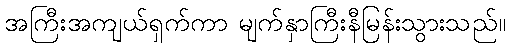
အကြီးအကျယ်ရှက်ကာ မျက်နှာကြီးနီမြန်းသွားသည်။